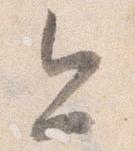
今